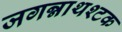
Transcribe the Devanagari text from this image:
जगन्नाथश्टक